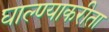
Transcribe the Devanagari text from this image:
घाल्ण्याकरीता